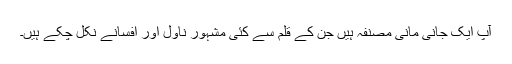
آپ ایک جانی مانی مصنفہ ہیں جن کے قلم سے کئی مشہور ناول اور افسانے نکل چکے ہیں۔